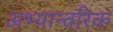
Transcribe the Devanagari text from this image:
अभ्यान्तरिक